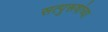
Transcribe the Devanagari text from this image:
सत्पुरूषांच्या